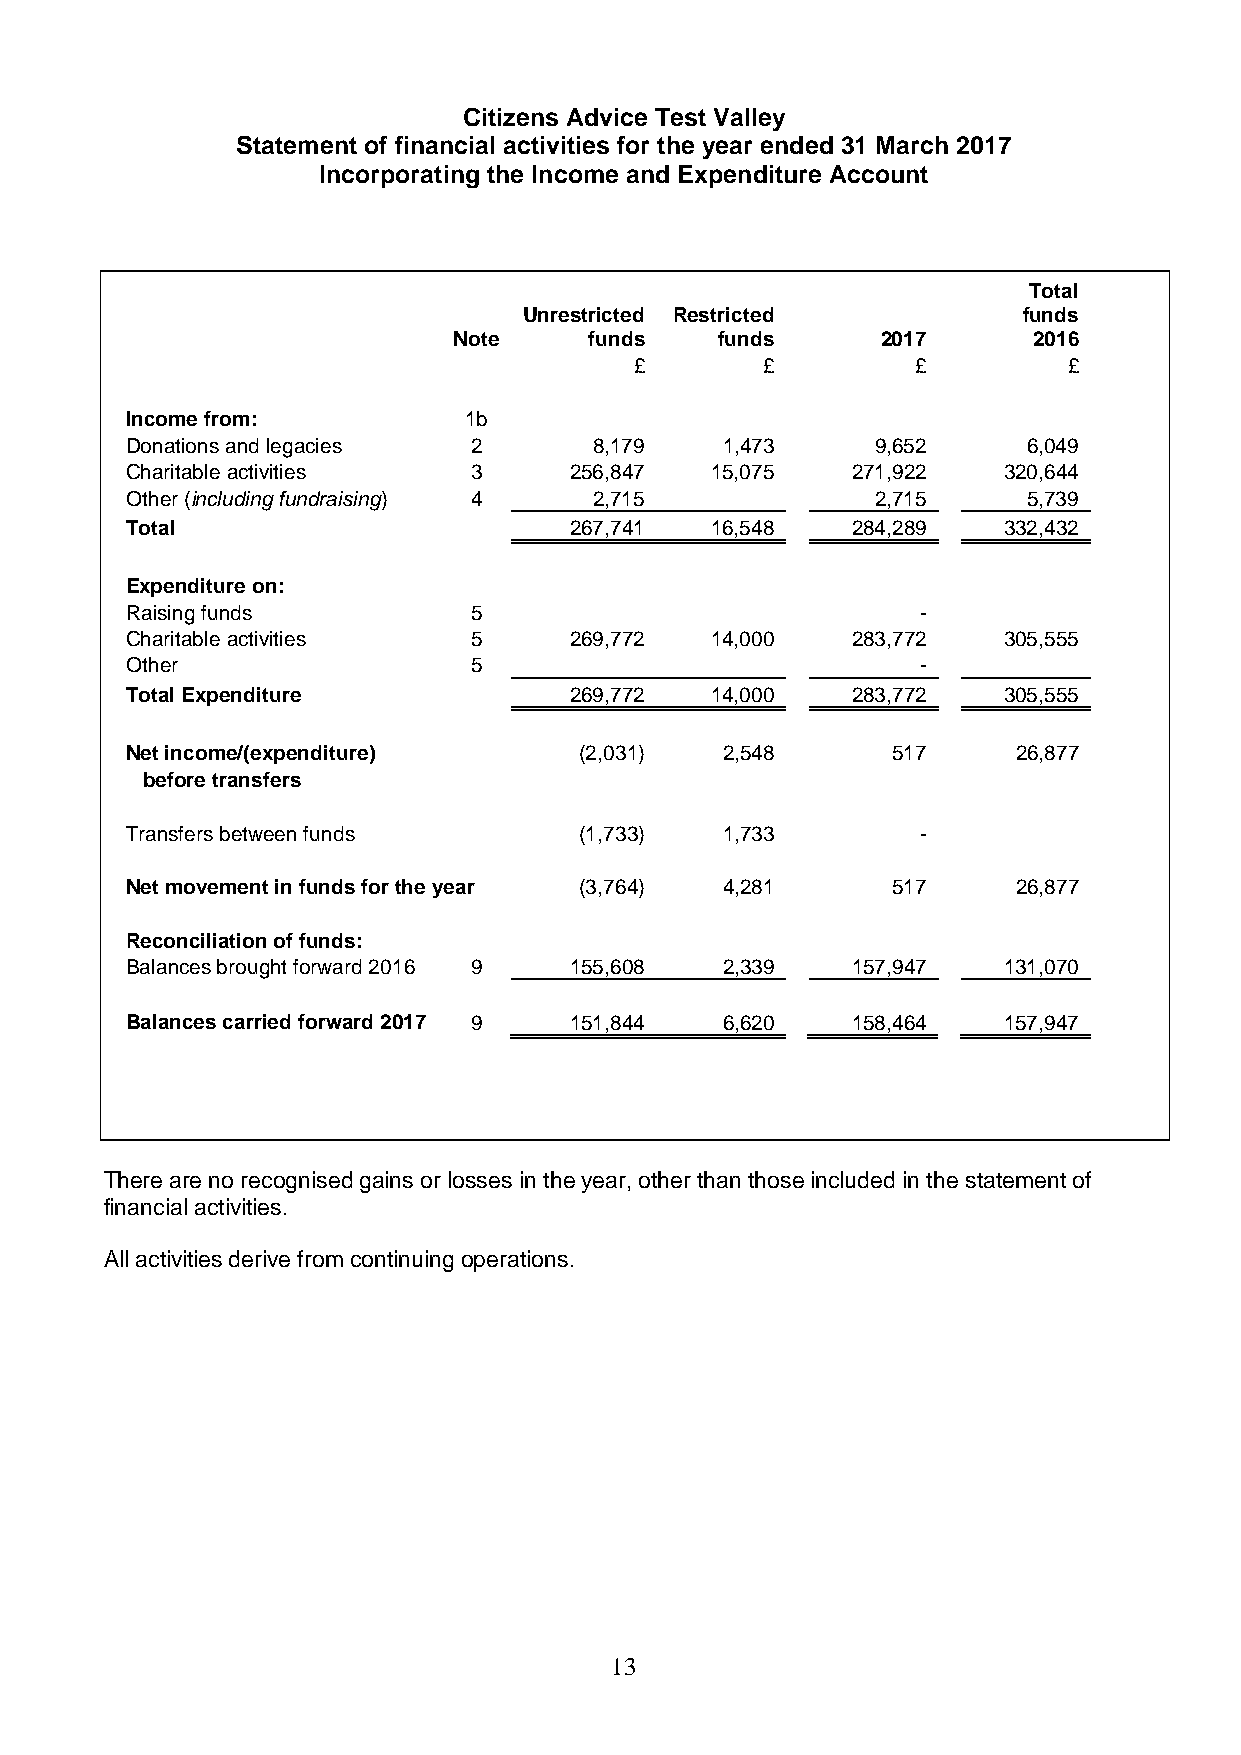
Citizens Advice Test Valley
 Statement of financial activities for the year ended 31 March 2017
 Incorporating the Income and Expenditure Account
 Total
 Unrestricted Restricted          funds
 Note     funds   funds      2017      2016
 £       £          £         £
 Income from:           1b
 Donations and legacies 2       8,179    1,473     9,652     6,049
 Charitable activities  3      256,847  15,075   271,922   320,644
 Other (including fundraising) 4 2,715             2,715     5,739
 Total                         267,741  16,548   284,289   332,432
 Expenditure on:
 Raising funds          5                             -
 Charitable activities  5      269,772  14,000   283,772   305,555
 Other                  5                             -
 Total Expenditure             269,772  14,000   283,772   305,555
 Net income/(expenditure)      (2,031)   2,548      517     26,877
 before transfers
 Transfers between funds       (1,733)   1,733        -
 Net movement in funds for the year (3,764) 4,281   517     26,877
 Reconciliation of funds:
 Balances brought forward 2016 9 155,608 2,339   157,947   131,070
 Balances carried forward 2017 9 151,844 6,620   158,464   157,947
 There are no recognised gains or losses in the year, other than those included in the statement of
 financial activities.
 All activities derive from continuing operations.
 13